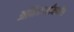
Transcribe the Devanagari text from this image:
अभिकर्त्यांमार्फत